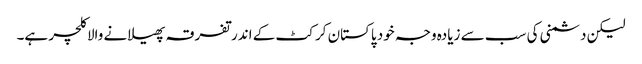
لیکن دشمنی کی سب سے زیادہ وجہ خود پاکستان کرکٹ کے اندر تفرقہ پھیلانے والا کلچر ہے۔